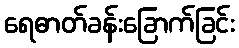
ရေဓာတ်ခန်းခြောက်ခြင်း